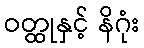
ဝတ္ထုနှင့် နိဂုံး